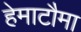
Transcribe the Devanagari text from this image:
हेमाटौमा